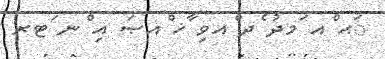
ަޙ ްއ ަމދު ެދ ްއވި ާޚ ްއޞަ އި ްނ ަޓރ